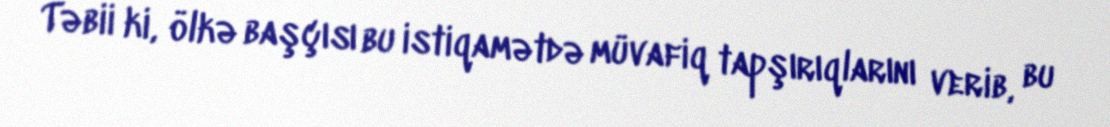
Təbii ki, ölkə başçısı bu istiqamətdə müvafiq tapşırıqlarını verib, bu